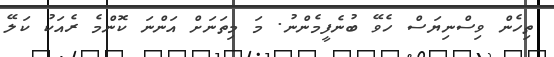
ތިހެން ވިސްނިޔަސް ހެވޭ ބުނެފީމެންނު. މަ މިތަނަށް އަންނަ ކޮންމެ ރެއަކު ކަލޭ